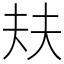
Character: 㚘